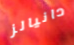
دانيالز